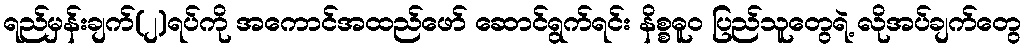
ရည်မှန်းချက်(၂)ရပ်ကို အကောင်အထည်ဖော် ဆောင်ရွက်ရင်း နိစ္စဓူဝ ပြည်သူတွေရဲ့ လိုအပ်ချက်တွေ